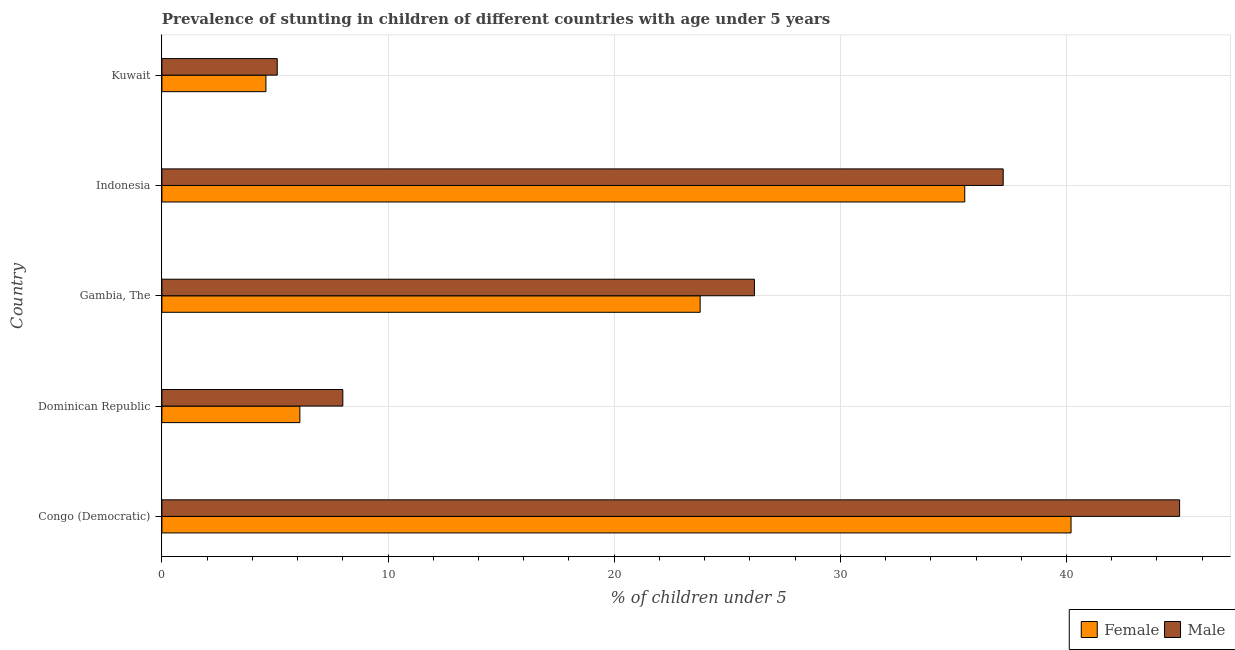
| Country | Female | Male |
 | --- | --- | --- |
 | Congo (Democratic) | 40.2 | 45 |
 | Dominican Republic | 6.1 | 8 |
 | Gambia, The | 23.8 | 26.2 |
 | Indonesia | 35.5 | 37.2 |
 | Kuwait | 4.6 | 5.1 |